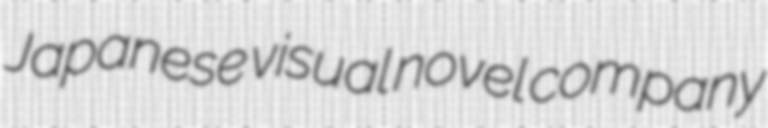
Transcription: Japanese visual novel company